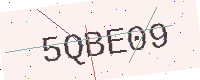
Text: 5QBE09